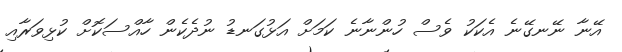
އޭނާ ނޭނގޭނެ އެކަކު ވެސް ހުންނާނެ ކަމަށް އަޅުގަނޑު ނުދެކެން ހާއްސަކޮށް ކުޅިވަރާއި